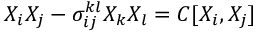
X _ { i } X _ { j } - \sigma _ { i j } ^ { k l } X _ { k } X _ { l } = C [ X _ { i } , X _ { j } ]